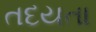
તદયતા